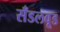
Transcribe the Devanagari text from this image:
सँडलवूड